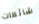
شائعات